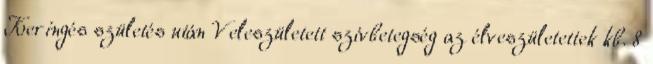
Keringés születés után Veleszületett szívbetegség az élveszületettek kb. 8